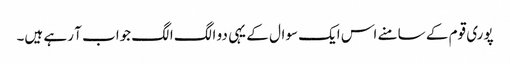
پوری قوم کے سامنے اس ایک سوال کے یہی دو الگ الگ جواب آ رہے ہیں۔